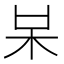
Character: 𣏁